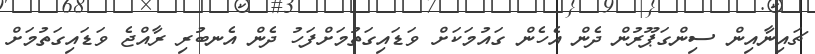
ޗައިނާއިން ސިންގަޕޫރުން ދެން އެހެން ގައުމަކަށް ވަޑައިގަތުމަށްފަހު ދެން އެނބުރި ރާއްޖެ ވަޑައިގަތުމަށް